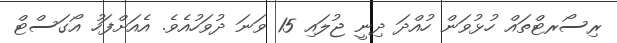
ރިސޯރޓްތައް ހުޅުވަން ހުއްދަ ދިނީ ޖުލައި 15 ވަނަ ދުވަހުއެވެ. އެއަށްފަހު އޯގަސްޓް